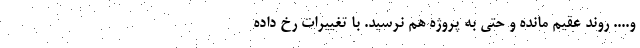
و.... روند عقیم مانده و حتی به پروژه هم نرسید. با تغییرات رخ داده